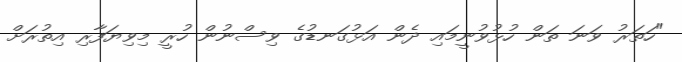
"ހަތަރު ވަނަ ތަން ހުޅުވުނީމައި ދެން އަޅުގަނޑުގެ ވިސްނުން ހުރީ މިވިޔަފާރި އިތުރަށް